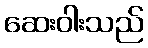
ဆေးဝါးသည်